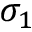
\sigma _ { 1 }